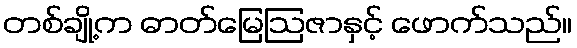
တစ်ချို့က ဓာတ်မြေဩဇာနှင့် ဖောက်သည်။